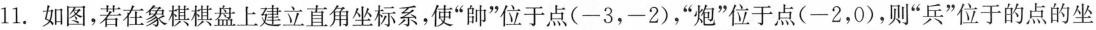
11. 如图，若在象棋棋盘上建立直角坐标系，使“帥”位于点(-3，-2)，“炮”位于点(-2，0)，则“兵”位于的点的坐